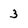
Character: 3